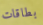
بطاقات